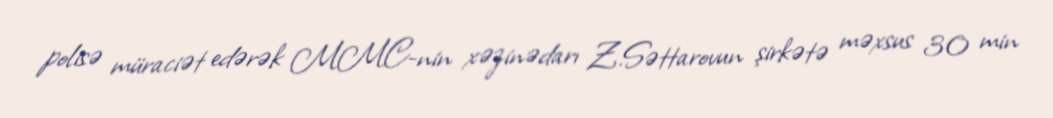
polisə müraciət edərək MMC-nin xəzinədarı Z.Səttarovun şirkətə məxsus 30 min